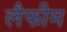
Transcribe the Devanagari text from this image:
लैफीम